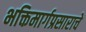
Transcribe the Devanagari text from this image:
भक्तिमार्गप्रसाराचे